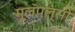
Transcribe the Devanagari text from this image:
मूलंपल्सी